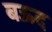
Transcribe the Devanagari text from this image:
बऊद